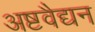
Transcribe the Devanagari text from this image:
अष्टवैद्यन